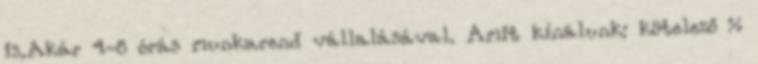
is.Akár 4-8 órás munkarend vállalásával. Amit kínálunk: kötelező %